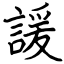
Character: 諼